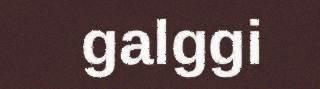
galggi